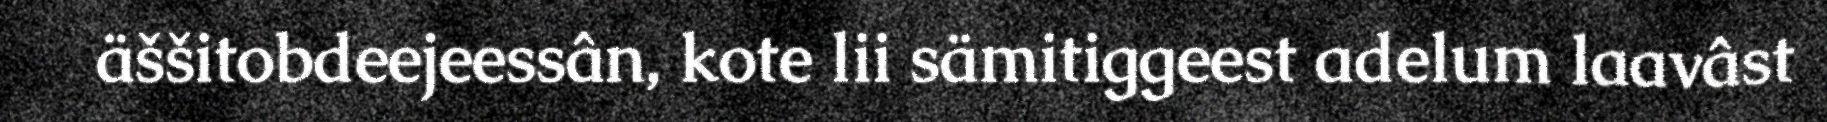
äššitobdeejeessân, kote lii sämitiggeest adelum laavâst